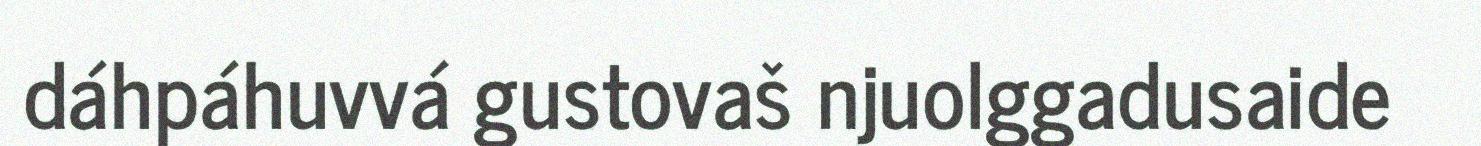
dáhpáhuvvá gustovaš njuolggadusaide